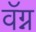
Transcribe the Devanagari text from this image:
वॅग्न